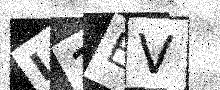
Text: L1EV